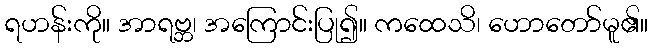
ရဟန်းကို။ အာရဗ္ဘ၊ အကြောင်းပြု၍။ ကထေသိ၊ ဟောတော်မူ၏။